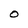
Character: O